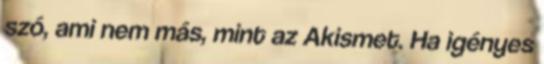
szó, ami nem más, mint az Akismet. Ha igényes